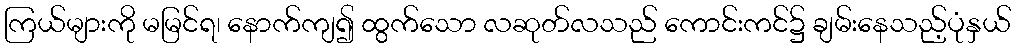
ကြယ်များကို မမြင်ရ၊ နောက်ကျ၍ ထွက်သော လဆုတ်လသည် ကောင်းကင်၌ ချမ်းနေသည့်ပုံနှယ်